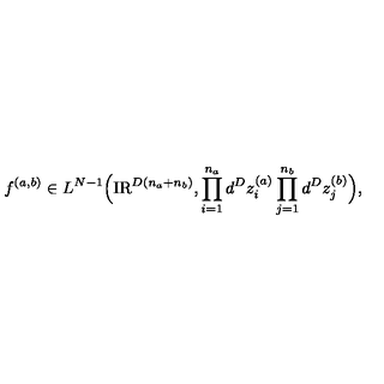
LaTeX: f ^ { ( a , b ) } \in L ^ { N - 1 } \Big ( \mathrm { I R } ^ { D ( n _ { a } + n _ { b } ) } , \prod _ { i = 1 } ^ { n _ { a } } d ^ { D } z _ { i } ^ { ( a ) } \prod _ { j = 1 } ^ { n _ { b } } d ^ { D } z _ { j } ^ { ( b ) } \Big ) ,